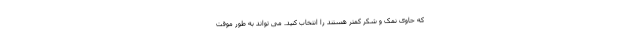
که حاوی نمک و شکر کمتر هستند را انتخاب کنید. می تواند به طور موقت